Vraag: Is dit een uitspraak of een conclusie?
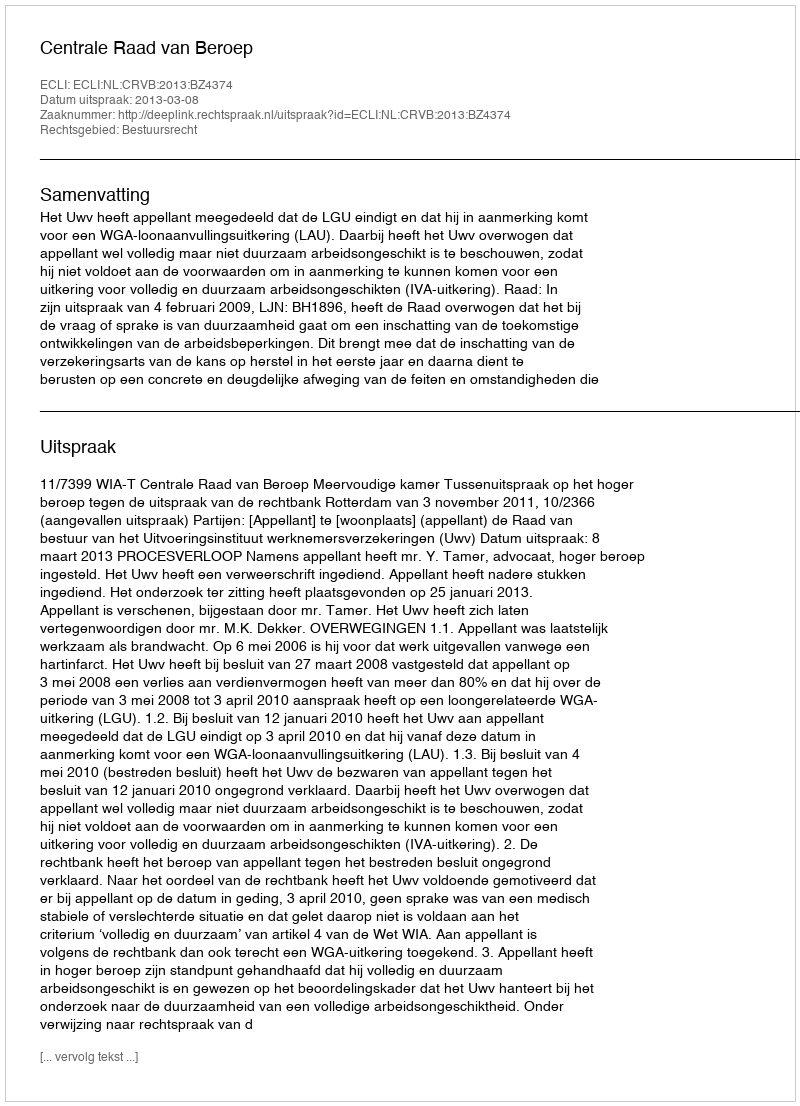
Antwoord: Uitspraak